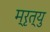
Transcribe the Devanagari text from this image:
म्रृत्यु